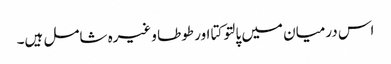
اس درمیان میں پالتو کتا اور طوطا وغیرہ شامل ہیں۔